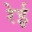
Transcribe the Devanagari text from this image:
रेई